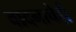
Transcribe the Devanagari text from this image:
वादनाचेही